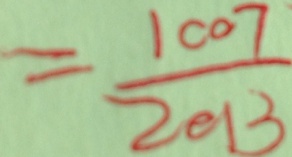
= \frac { 1 0 0 7 } { 2 0 1 3 }